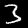
Digit: 3